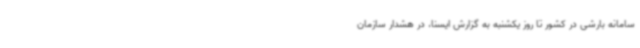
سامانه بارشی در کشور تا روز یکشنبه به گزارش ایسنا، در هشدار سازمان